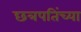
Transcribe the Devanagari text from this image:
छत्रपतिंच्या